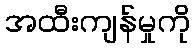
အထီးကျန်မှုကို